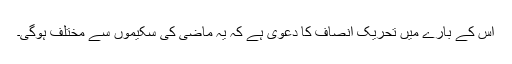
اس کے بارے میں تحریک انصاف کا دعویٰ ہے کہ یہ ماضی کی سکیموں سے مختلف ہوگی۔